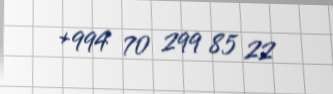
+994 70 299 85 22